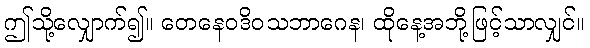
ဤသို့လျှောက်၍။ တေနေဝဒိဝသဘာဂေန၊ ထိုနေ့အဘို့ဖြင့်သာလျှင်။